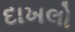
દાખલો